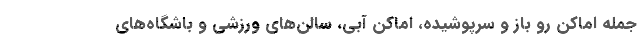
جمله اماکن رو باز و سرپوشیده، اماکن آبی، سالن‌های ورزشی و باشگاه‌های